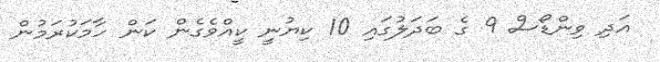
އަދި ވިންޑޯސް 9 ގެ ބަދަލުގައި 10 ކިޔުނީ ކީއްވެގެން ކަން ހާމަކުރަމުން